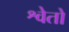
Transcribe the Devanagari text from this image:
श्वेतो